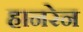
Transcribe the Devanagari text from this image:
हानरेन